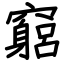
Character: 竆